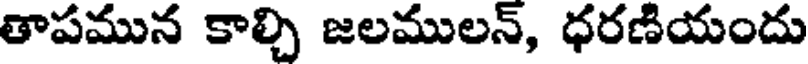
తాపమున కాల్చి జలములన్, ధరణియందు